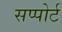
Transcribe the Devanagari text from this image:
सप्पोर्ट